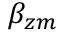
\beta _ { z m }